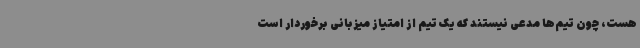
هست، چون تیم‌ها مدعی نیستند که یک تیم از امتیاز میزبانی برخوردار است